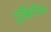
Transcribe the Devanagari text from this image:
तुक्कियिम